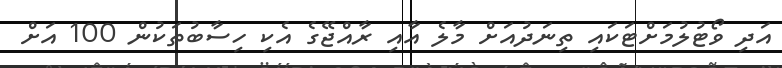
އަދި ވޯޓުލުމަށްޓަކައި ތިނަދުއަށް މާލެ އާއި ރާއްޖޭގެ އެކި ހިސާބުތަކުން 100 އަށް